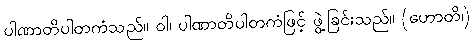
ပါဏာတိပါတကံသည်။ ဝါ၊ ပါဏာတိပါတကံဖြင့် ဖွဲ့ခြင်းသည်။ (ဟောတိ၊)